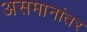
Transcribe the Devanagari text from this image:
असमानांतर